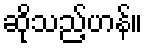
ဆိုသည့်ဟန်။